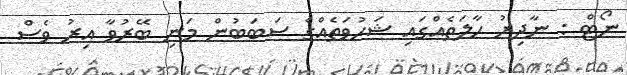
ނޯޓް : ނާދިރު ހާލަތެއްގައި ޝަހުވަތެއްގެ ސަބަބުން މަނި ބޭރުވާ އިރު ވެސް